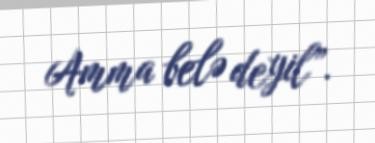
Amma belə deyil”.